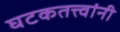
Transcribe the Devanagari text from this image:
घटकतत्त्वांनी